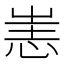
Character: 𢙌